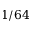
1 / 6 4